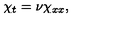
\chi _ { t } = \nu \chi _ { x x } ,